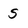
Character: S